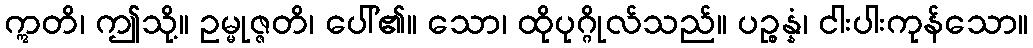
ဣတိ၊ ဤသို့။ ဥမ္မုဇ္ဇတိ၊ ပေါ်၏။ သော၊ ထိုပုဂ္ဂိုလ်သည်။ ပဉ္စန္နံ၊ ငါးပါးကုန်သော။